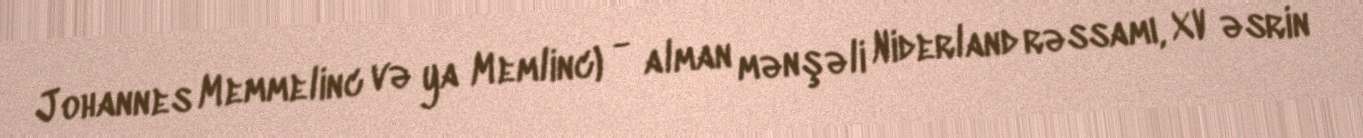
Johannes Memmelinc və ya Memlinc) - alman mənşəli Niderland rəssamı, XV əsrin